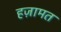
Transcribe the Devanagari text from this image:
हज़ामत